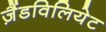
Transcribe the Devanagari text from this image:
ज़ैंडविलियेट